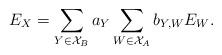
LaTeX: \begin{align*}E_X=\sum_{Y\in \mathcal{X}_B}{a_Y\sum_{W\in \mathcal{X}_A}{b_{Y,W}E_W}}.\end{align*}